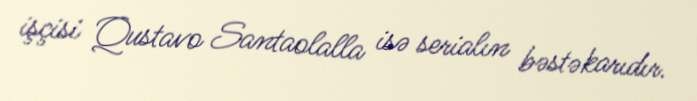
işçisi Qustavo Santaolalla isə serialın bəstəkarıdır.